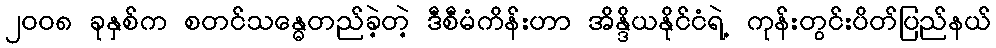
၂၀၀၈ ခုနှစ်က စတင်သန္ဓေတည်ခဲ့တဲ့ ဒီစီမံကိန်းဟာ အိန္ဒိယနိုင်ငံရဲ့ ကုန်းတွင်းပိတ်ပြည်နယ်